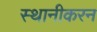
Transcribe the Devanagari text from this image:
स्थानीकरन